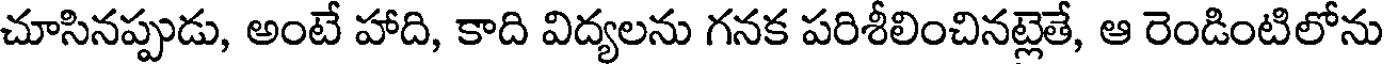
చూసినప్పుడు, అంటే హాది, కాది విద్యలను గనక పరిశీలించినట్లెతే, ఆ రెండింటిలోను